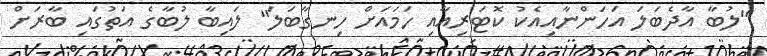
"ލުބާ އާދެބަލަ އަހަންނާއިއެކު ކޮޓަރިއާއި ހަމައަށް ހިނގާބަލަ" ލައިބާ ލުބާގެ އަތުގައި ބާރަށް